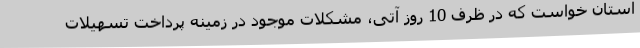
استان خواست که در ظرف 10 روز آتی، مشکلات موجود در زمینه پرداخت تسهیلات